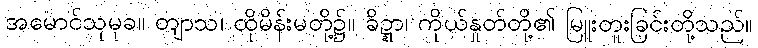
အမောင်သုမုခ။ တျာသ၊ ထိုမိန်းမတို့၌။ ခိဍ္ဍာ၊ ကိုယ်နှုတ်တို့၏ မြူးတူးခြင်းတို့သည်။